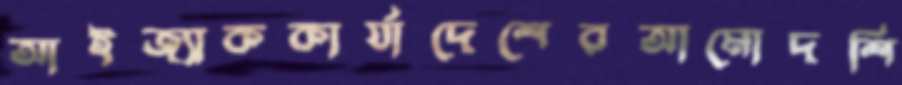
আইজ্যাককার্যাদেশেরআমোদশি